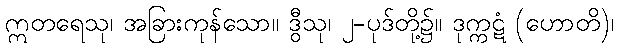
ဣတရေသု၊ အခြားကုန်သော။ ဒွီသု၊ ၂-ပုဒ်တို့၌။ ဒုက္ကဋံ (ဟောတိ)၊